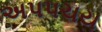
અપપચય